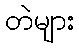
တဲများ